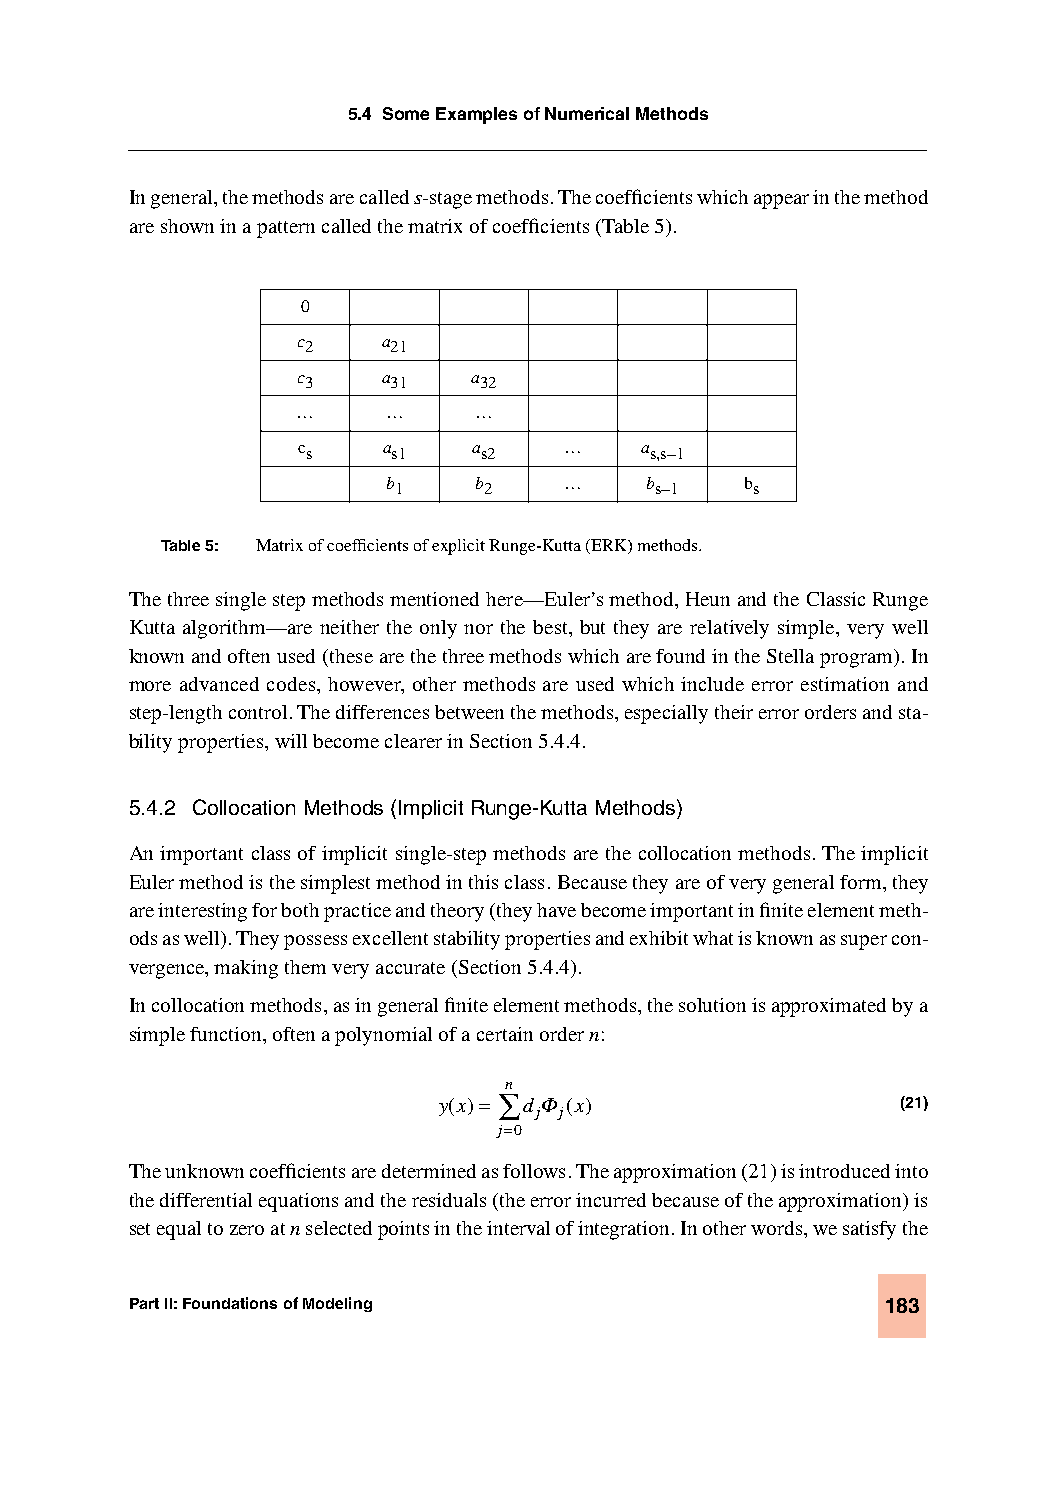
5.4 Some Examples of Numerical Methods
 In general, the methods are called s-stage methods. The coefficients which appear in the method
 are shown in a pattern called the matrix of coefficients (Table 5).
 0
 c2   a21
 c3   a31   a32
 …     …    …
 cs   as1   as2   …    as,s–1
 b1    b2   …     bs–1  bs
 Table 5: Matrix of coefficients of explicit Runge-Kutta (ERK) methods.
 The three single step methods mentioned here—Euler’s method, Heun and the Classic Runge
 Kutta algorithm—are neither the only nor the best, but they are relatively simple, very well
 known and often used (these are the three methods which are found in the Stella program). In
 more advanced codes, however, other methods are used which include error estimation and
 step-length control. The differences between the methods, especially their error orders and sta-
 bility properties, will become clearer in Section 5.4.4.
 5.4.2 Collocation Methods (Implicit Runge-Kutta Methods)
 An important class of implicit single-step methods are the collocation methods. The implicit
 Euler method is the simplest method in this class. Because they are of very general form, they
 are interesting for both practice and theory (they have become important in finite element meth-
 ods as well). They possess excellent stability properties and exhibit what is known as super con-
 vergence, making them very accurate (Section 5.4.4).
 In collocation methods, as in general finite element methods, the solution is approximated by a
 simple function, often a polynomial of a certain order n:
 n
 y(x)= ∑ d Φ(x)                 (21)
 j j
 j=0
 The unknown coefficients are determined as follows. The approximation (21) is introduced into
 the differential equations and the residuals (the error incurred because of the approximation) is
 set equal to zero at n selected points in the interval of integration. In other words, we satisfy the
 Part II: Foundations of Modeling                  183